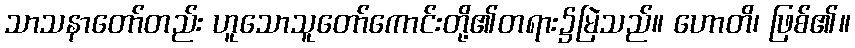
သာသနာတော်တည်း ဟူသောသူတော်ကောင်းတို့၏တရား၌မြဲသည်။ ဟောတိ၊ ဖြစ်၏။